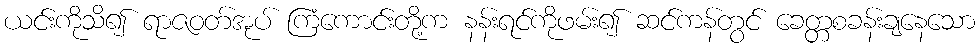
ယင်းကိုသိ၍ ရာဇဝတ်အုပ် ကြံကောင်းတို့က နန်းရင်ကိုဖမ်း၍ ဆင်ကန်တွင် ခေတ္တစခန်းချနေသော